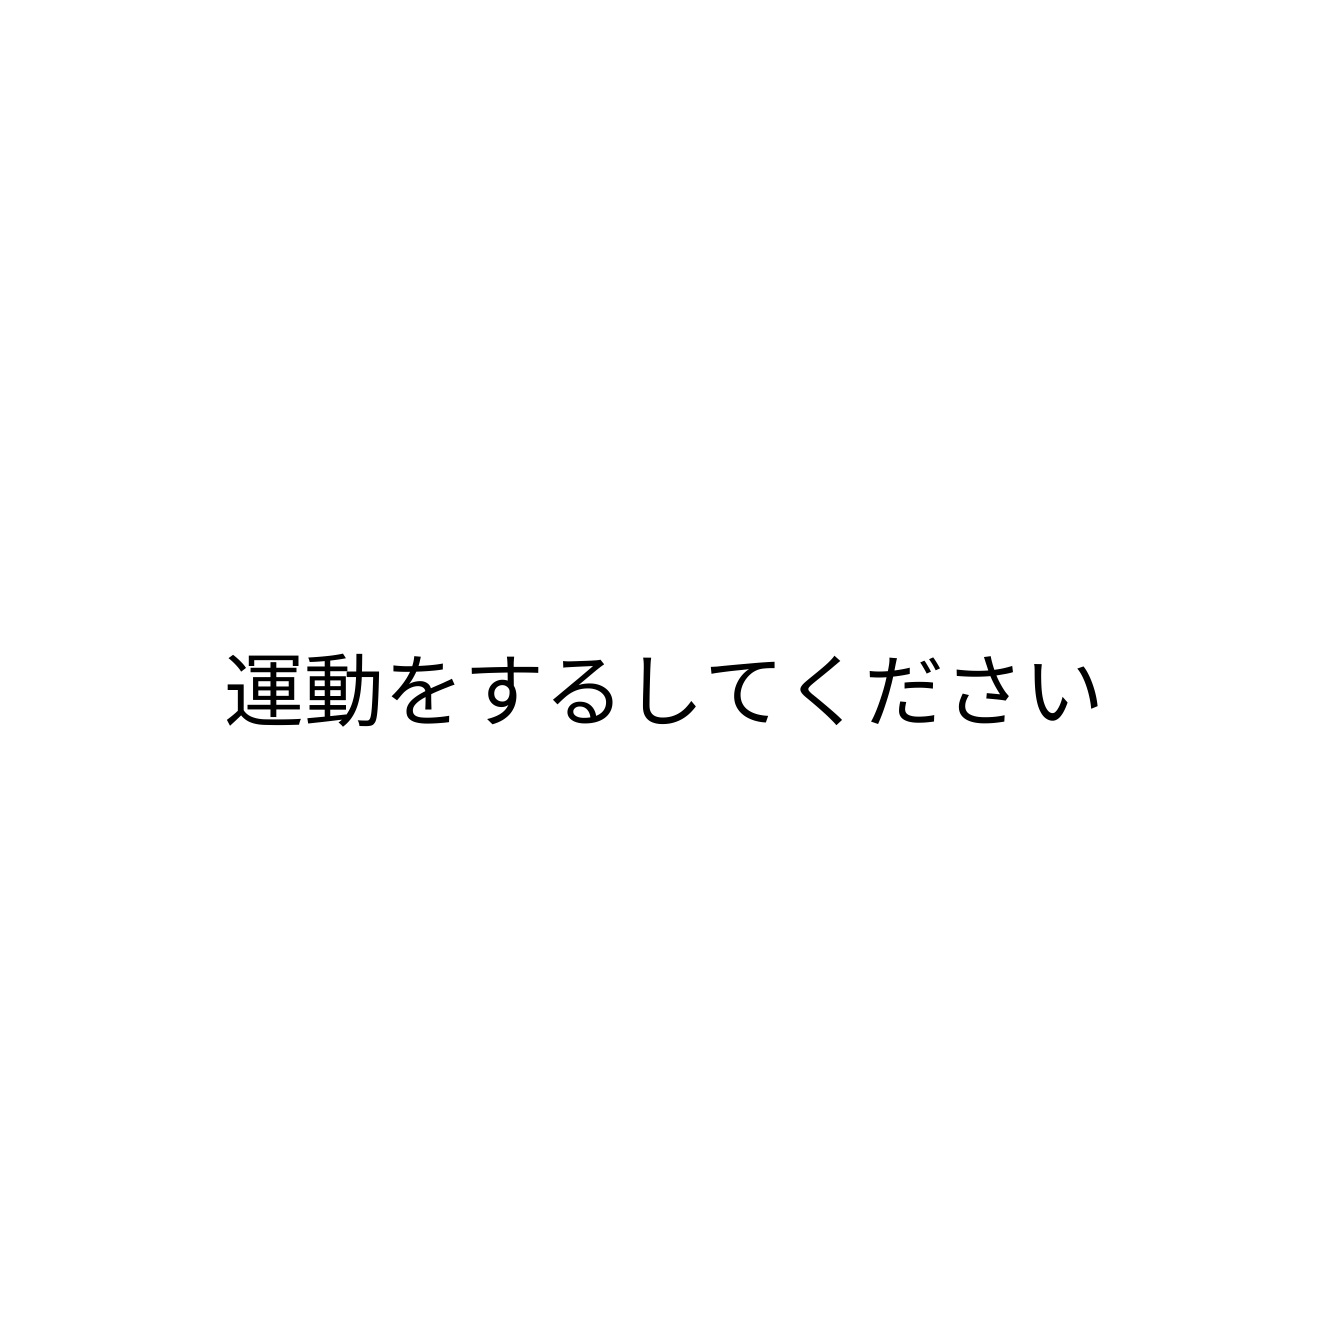
運動をするしてください